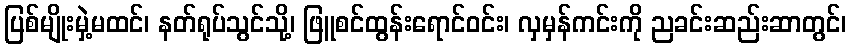
ပြစ်မျိုးမှဲ့မထင်၊ နတ်ရုပ်သွင်သို့၊ ဖြူစင်ထွန်းရောင်ဝင်း၊ လှမှန်ကင်းကို ညခင်းဆည်းဆာတွင်၊